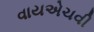
વાયએચવી